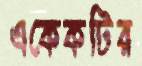
একেকটির